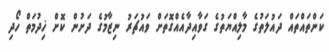
ކަންތައްތައް ދައުލަތުގެ މާލިއްޔަތުގެ ގަވާއިދާއެއްގޮތަށް ވައުޗަރު ނިޒާމުގެ ދަށުން ކޮށް ޚިދުމަތް ހޯދި